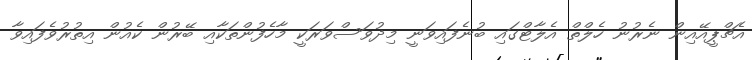
އެޗްޕީއޭއިން ނެރުނު ހެލްތް އެލާޓްގައި ބުނެފައިވަނީ މިދުވަސްވަރަކީ މާހެފުންތަކާއި ބޭރުން ކެއުން އިތުރުވެފައިވާ